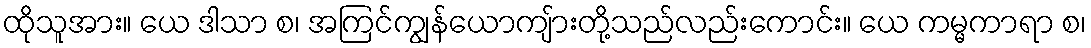
ထိုသူအား။ ယေ ဒါသာ စ၊ အကြင်ကျွန်ယောကျ်ားတို့သည်လည်းကောင်း။ ယေ ကမ္မကာရာ စ၊